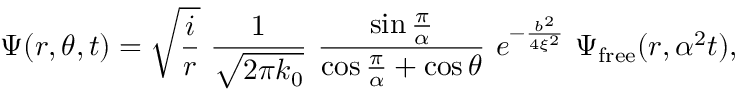
\Psi ( r , \theta , t ) = \sqrt { { \frac { i } { r } } } \, \, { \frac { 1 } { \sqrt { 2 \pi k _ { 0 } } } } \, \, { \frac { \sin { \frac { \pi } { \alpha } } } { \cos { \frac { \pi } { \alpha } } + \cos \theta } } \, \, e ^ { - { \frac { b ^ { 2 } } { 4 \xi ^ { 2 } } } } \, \, \Psi _ { \mathrm { { f r e e } } } ( r , \alpha ^ { 2 } t ) ,